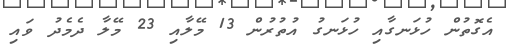
އެގޮތުން ހުޅަނގާއި ހުޅަނގު އުތުރުން 13 މޭލާއި 23 މޭލާ ދެމެދު ވައި